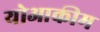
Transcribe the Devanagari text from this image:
योआकीम